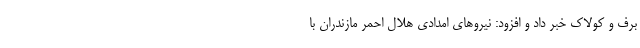
برف و کولاک خبر داد و افزود: نیروهای امدادی هلال احمر مازندران با